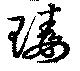
瑇